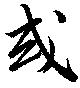
或